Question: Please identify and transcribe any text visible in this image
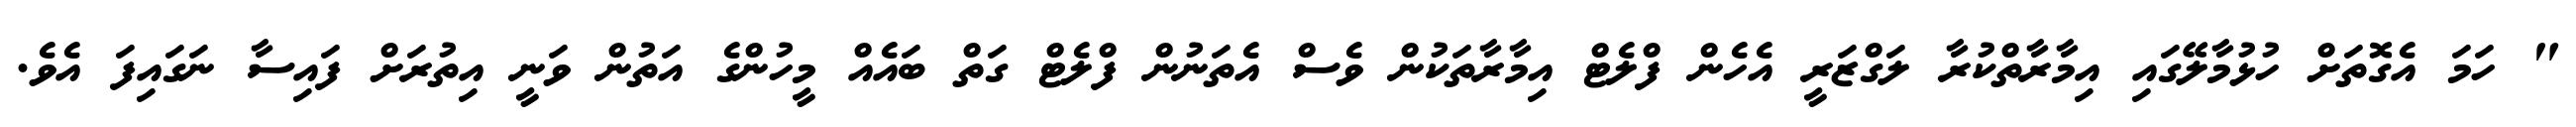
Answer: " ހަމަ އެގޮތަށް ހުޅުމާލޭގައި އިމާރާތްކުރާ ލަގްޒަރީ އެހެން ފްލެޓް އިމާރާތަކުން ވެސް އެތަނުން ފްލެޓް ގަތް ބައެއް މީހުންގެ އަތުން ވަނީ އިތުރަށް ފައިސާ ނަގައިފަ އެވެ.